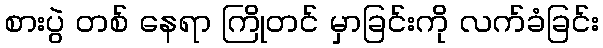
စားပွဲ တစ် နေရာ ကြိုတင် မှာခြင်းကို လက်ခံခြင်း